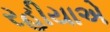
રહીયાએ